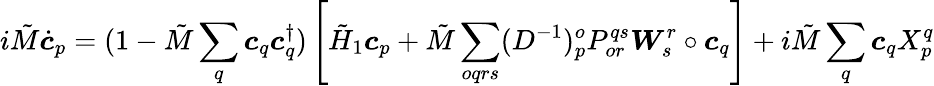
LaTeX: i\tilde{M}\dot{\boldsymbol{c}}_{p}=(1-\tilde{M}\sum_{q}\boldsymbol{c}_{q}\boldsymbol{c}_{q}^{\dagger})\left[\tilde{H}_{1}\boldsymbol{c}_{p}+\tilde{M}\sum_{oqrs}(D^{-1})_{p}^{o}P_{or}^{qs}\boldsymbol{W}_{s}^{r}\circ\boldsymbol{c}_{q}\right]+i\tilde{M}\sum_{q}\boldsymbol{c}_{q}X_{p}^{q}